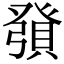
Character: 𧶢